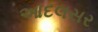
આદલસર